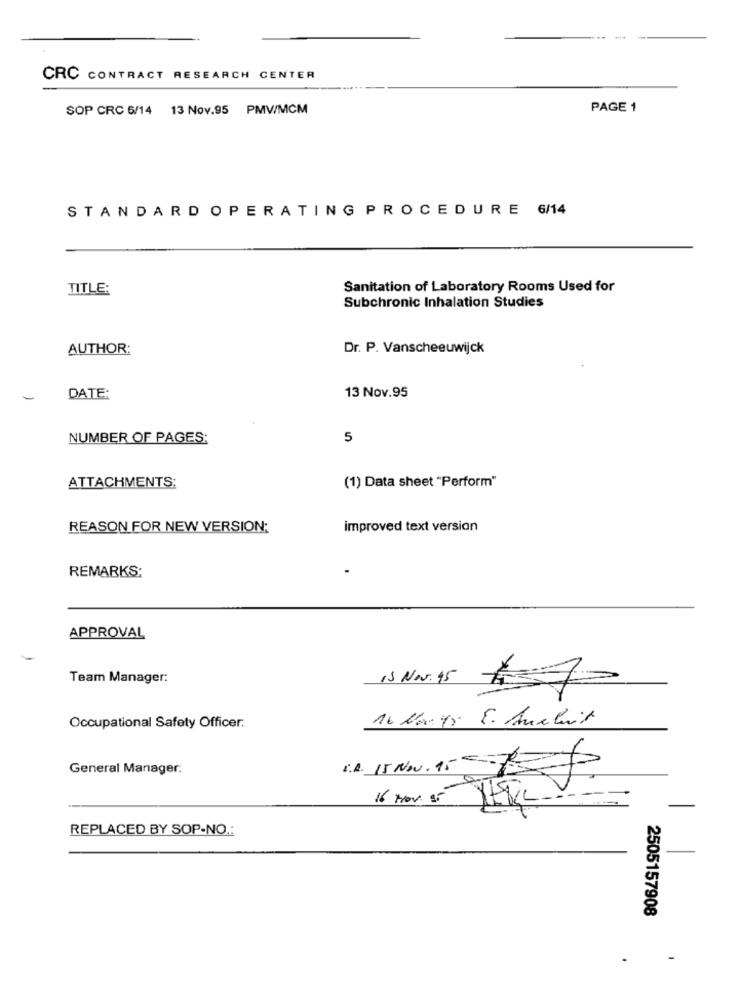
CRC CONTRACT RESEARCH CENTER
SOP CRC 6/14 13 Nov.95 PMV/MCM
PAGE 1
STANDARD OPERATING PROCEDURE 6/14
TITLE:
Sanitation of Laboratory Rooms Used for
Subchronic Inhalation Studies
AUTHOR:
Dr. P. Vanscheeuwijck
13 Nov.95
-
DATE:
NUMBER OF PAGES:
5
(1) Data sheet "Perform"
ATTACHMENTS:
REASON FOR NEW VERSION:
improved text version
REMARKS;
APPROVAL
Team Manager:
15 Nov. 95
16 Korgy E. Auchuit
Occupational Safety Officer:
General Manager:
I.A. 15 NN. 15-7-7
16 Nov. 55
REPLACED BY SOP-NO .:
2505157908